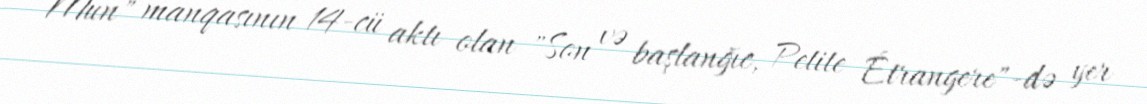
Mun" manqasının 14-cü aktı olan "Son və başlanğıc, Petite Étrangere"-də yer